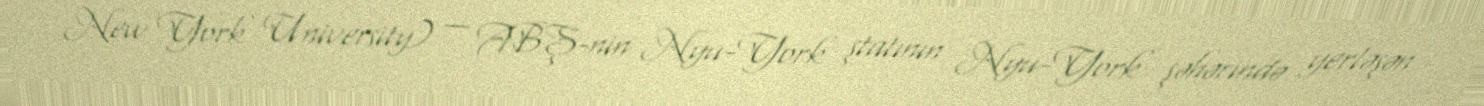
New York University) — ABŞ-nin Nyu-York ştatının Nyu-York şəhərində yerləşən